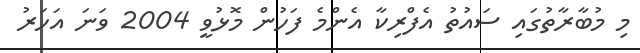
މި މުބާރާތުގައި ސައުތު އެފްރިކާ އެންމެ ފަހުން މޮޅުވީ 2004 ވަނަ އަހަރު